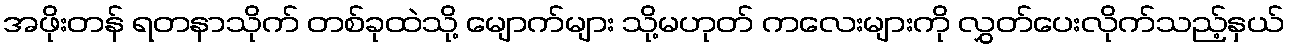
အဖိုးတန် ရတနာသိုက် တစ်ခုထဲသို့ မျောက်များ သို့မဟုတ် ကလေးများကို လွှတ်ပေးလိုက်သည့်နှယ်